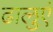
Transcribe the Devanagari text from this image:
ढालुएं